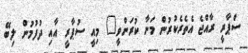
ސްޕާރީ ރާއްޖެ އެތެރެކުރުން މަނާ ކުރަންވީ" މިއީ ސުޕާރީ އާއި ދުފުމުން ލިބޭ